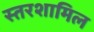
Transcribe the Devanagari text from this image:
स्तरशामिल